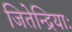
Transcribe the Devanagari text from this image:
जितेन्द्रियाः